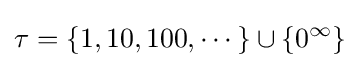
\tau =\{1,10,100,\cdots \}\cup \{0^{\infty }\}